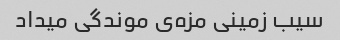
سیب زمینی مزه‌ی موندگی میداد